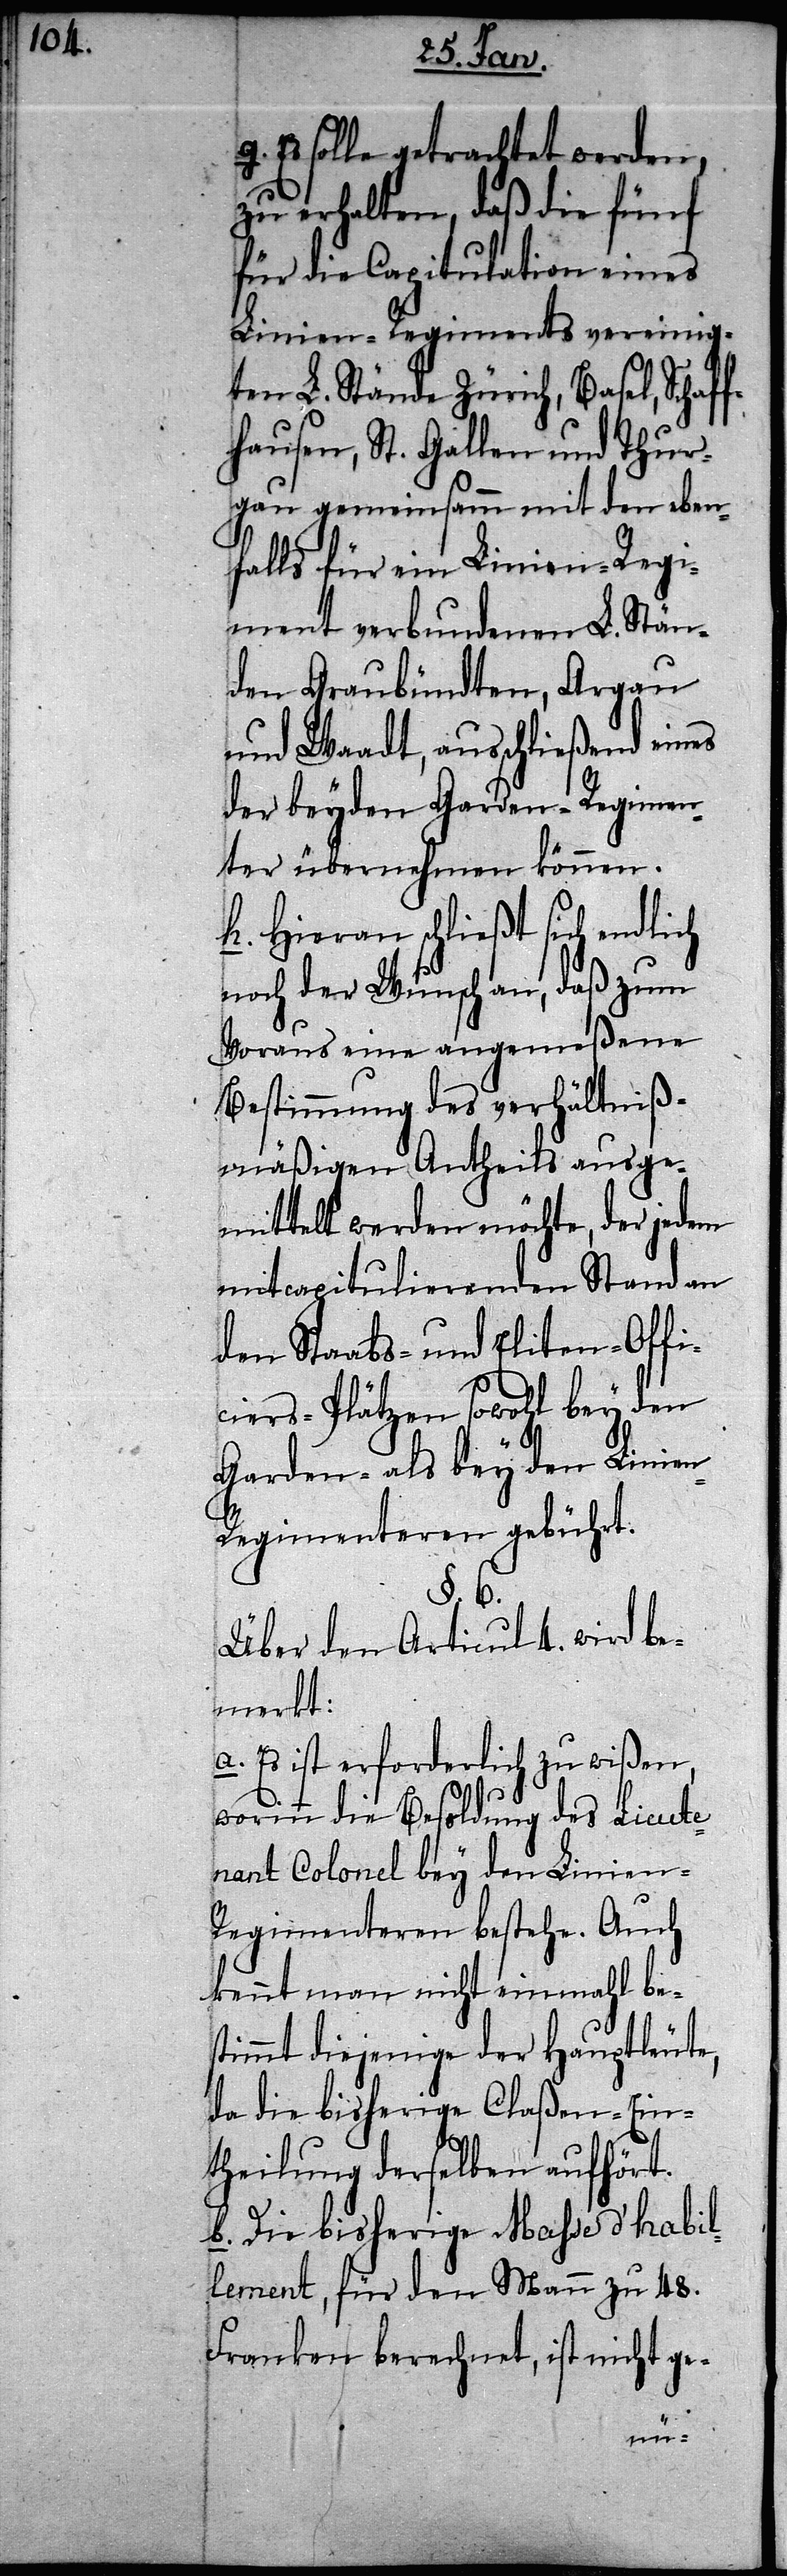
Es solle getrachtet werden,
zu erhalten, daß die fünf
für die Capitulation eines
Linien-Regiments vereinig¬
ten L. Stände Zürich, Basel, Schaf¬
fhausen, St. Gallen und Thur¬
gau gemeinsamm mit den eben¬
falls für ein Linien-Regi¬
ment verbundenen L. Stän¬
den Graubündten, Argau
und Waadt, ausschließend eines
der beyden Garden-Regimen¬
ter übernehmen können.
h. Hieran schließt sich endlich
noch der Wunsch an, daß zum
Voraus eine angemeßene
Bestimmung des verhältniß¬
mäßigen Antheils ausge¬
mittelt werden möchte, der jedem
mitcapitulierenden Stand an
den Stabs- und Eliten-Offi¬
ciers-Plätzen sowohl bey den
Garden- als bey den Linie¬
egimenteren gebührt.
§. 6.
Über den Articul 4. wird be¬
merkt:
a. Es ist erforderlich zu wißen,
worinn die Besoldung des Lieute¬
nant Colonel bey den Linien-R¬
egimenteren bestehe. Auch
kennt man nicht einmahl be¬
stimmt diejenige der Hauptleute,
da die bisherige Claßen-Ein¬
theilung derselben aufhört.
b. Die bisherige Masse d’habil¬
lement, für den Mann zu 48.
Franken berechnet, ist nicht g¬
e-